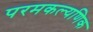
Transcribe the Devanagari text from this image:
परमकल्यणिक